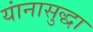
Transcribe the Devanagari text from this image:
यांनासुद्धा